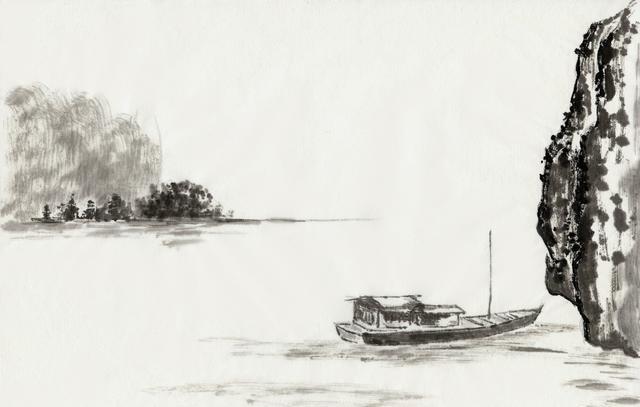
复恐匆匆说不尽，行人临发又开封。